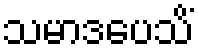
သမာဒပေသိံ